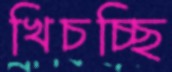
খিচচ্ছি